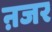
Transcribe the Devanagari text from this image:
ऩजर